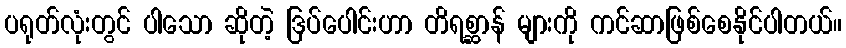
ပရုတ်လုံးတွင် ပါသော ဆိုတဲ့ ဒြပ်ပေါင်းဟာ တိရစ္ဆာန် များကို ကင်ဆာဖြစ်စေနိုင်ပါတယ်။